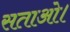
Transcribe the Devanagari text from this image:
सताओ।